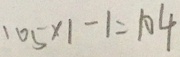
1 0 5 \times 1 - 1 = 1 0 4